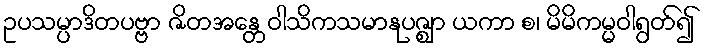
ဥပသမ္ပာဒိတပဗ္ဗာ ဇိတအန္တေဝါသိကသမာနုပဇ္ဈာ ယကာ စ၊ မိမိကမ္မဝါရွတ်၍